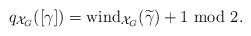
LaTeX: \begin{align*}q_{\mathcal{X}_G}([\gamma])={\rm wind}_{\mathcal{X}_G}(\widetilde{\gamma})+1 \ {\rm mod\ } 2.\end{align*}